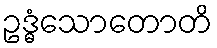
ဥဒ္ဓံသောတောတိ